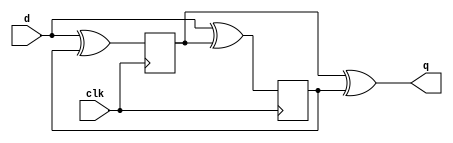
module top_module (
    input   clk,
    input   d,
    output  q
);

    reg reg_p;
    always @(posedge clk) begin
            reg_p <= d ^ reg_n;
    end

    reg reg_n;
    always @(negedge clk) begin
            reg_n <= d ^ reg_p;
    end

    assign q = reg_p ^ reg_n;

endmodule